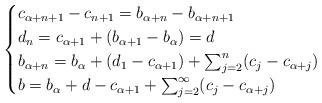
LaTeX: \begin{align*}\begin{cases}c_{\alpha + n +1} - c_{n+1} = b_{\alpha + n} - b_{\alpha + n +1} \\d_n = c_{\alpha + 1} + (b_{\alpha + 1} - b_\alpha) = d \\b_{\alpha + n} = b_\alpha + (d_1 - c_{\alpha+1}) + \sum_{j=2}^n (c_j - c_{\alpha + j}) \\b = b_\alpha + d - c_{\alpha + 1} + \sum_{j=2}^\infty (c_j - c_{\alpha+j})\end{cases} \end{align*}